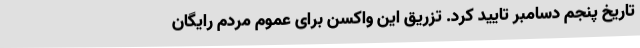
تاریخ پنجم دسامبر تایید کرد. تزریق این واکسن برای عموم مردم رایگان